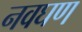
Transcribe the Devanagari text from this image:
नवघण